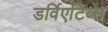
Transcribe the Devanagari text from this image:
डर्विएटिव्स